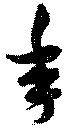
年